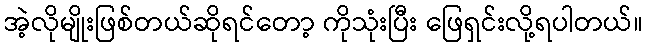
အဲ့လိုမျိုးဖြစ်တယ်ဆိုရင်တော့ ကိုသုံးပြီး ဖြေရှင်းလို့ရပါတယ်။